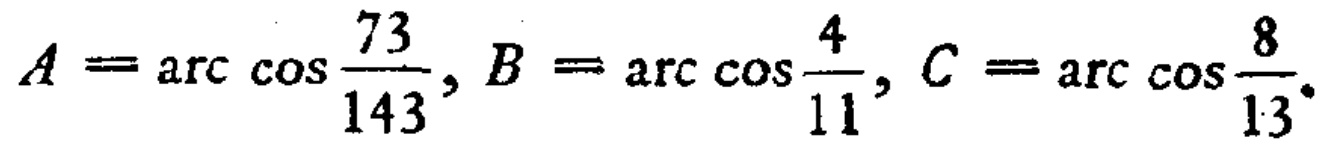
$A = \arccos\frac{73}{143}, B = \arccos\frac{4}{11}, C = \arccos\frac{8}{13}.$